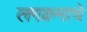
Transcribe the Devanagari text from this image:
लगक्रमाचे